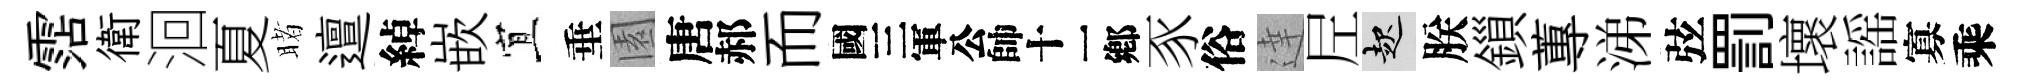
霑衛洄夏睹邅綽嵌宜垂園唐郝而别豕俗達𡰱起朕鎻蓴涕弦罰壞謡寡乘